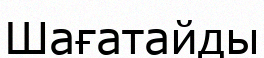
Шағатайды